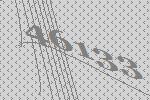
46133